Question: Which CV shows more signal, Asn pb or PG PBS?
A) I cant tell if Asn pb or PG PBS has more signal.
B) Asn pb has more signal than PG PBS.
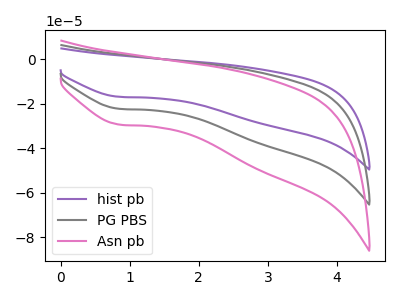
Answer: <think>The purple curve "hist pb" has a cathodic peak at: (0.85V, -44.65uA). The gray curve "PG PBS" has a cathodic peak at: (0.85V, -22.35uA). The pink curve "Asn pb" has a cathodic peak at: (0.85V, -29.40uA).
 All the peaks in "Asn pb" have a peak in "PG PBS" at the same potential. Every peak in "Asn pb" is higher than every peak in "PG PBS".</think>
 <answer>B) "Asn pb" has more signal than "PG PBS".</answer>
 <eval>B</eval>